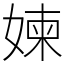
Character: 媡